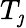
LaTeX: T_{\jmath}